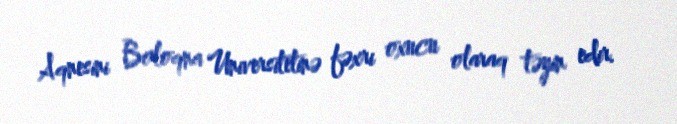
Aqnesini Boloqna Universitetinə fəxri oxucu olaraq təyin edir.